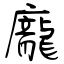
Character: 龐